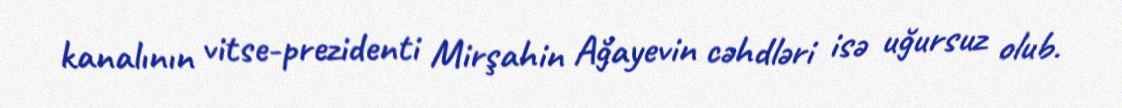
kanalının vitse-prezidenti Mirşahin Ağayevin cəhdləri isə uğursuz olub.